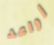
أواعد